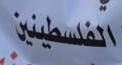
الفلسطينين